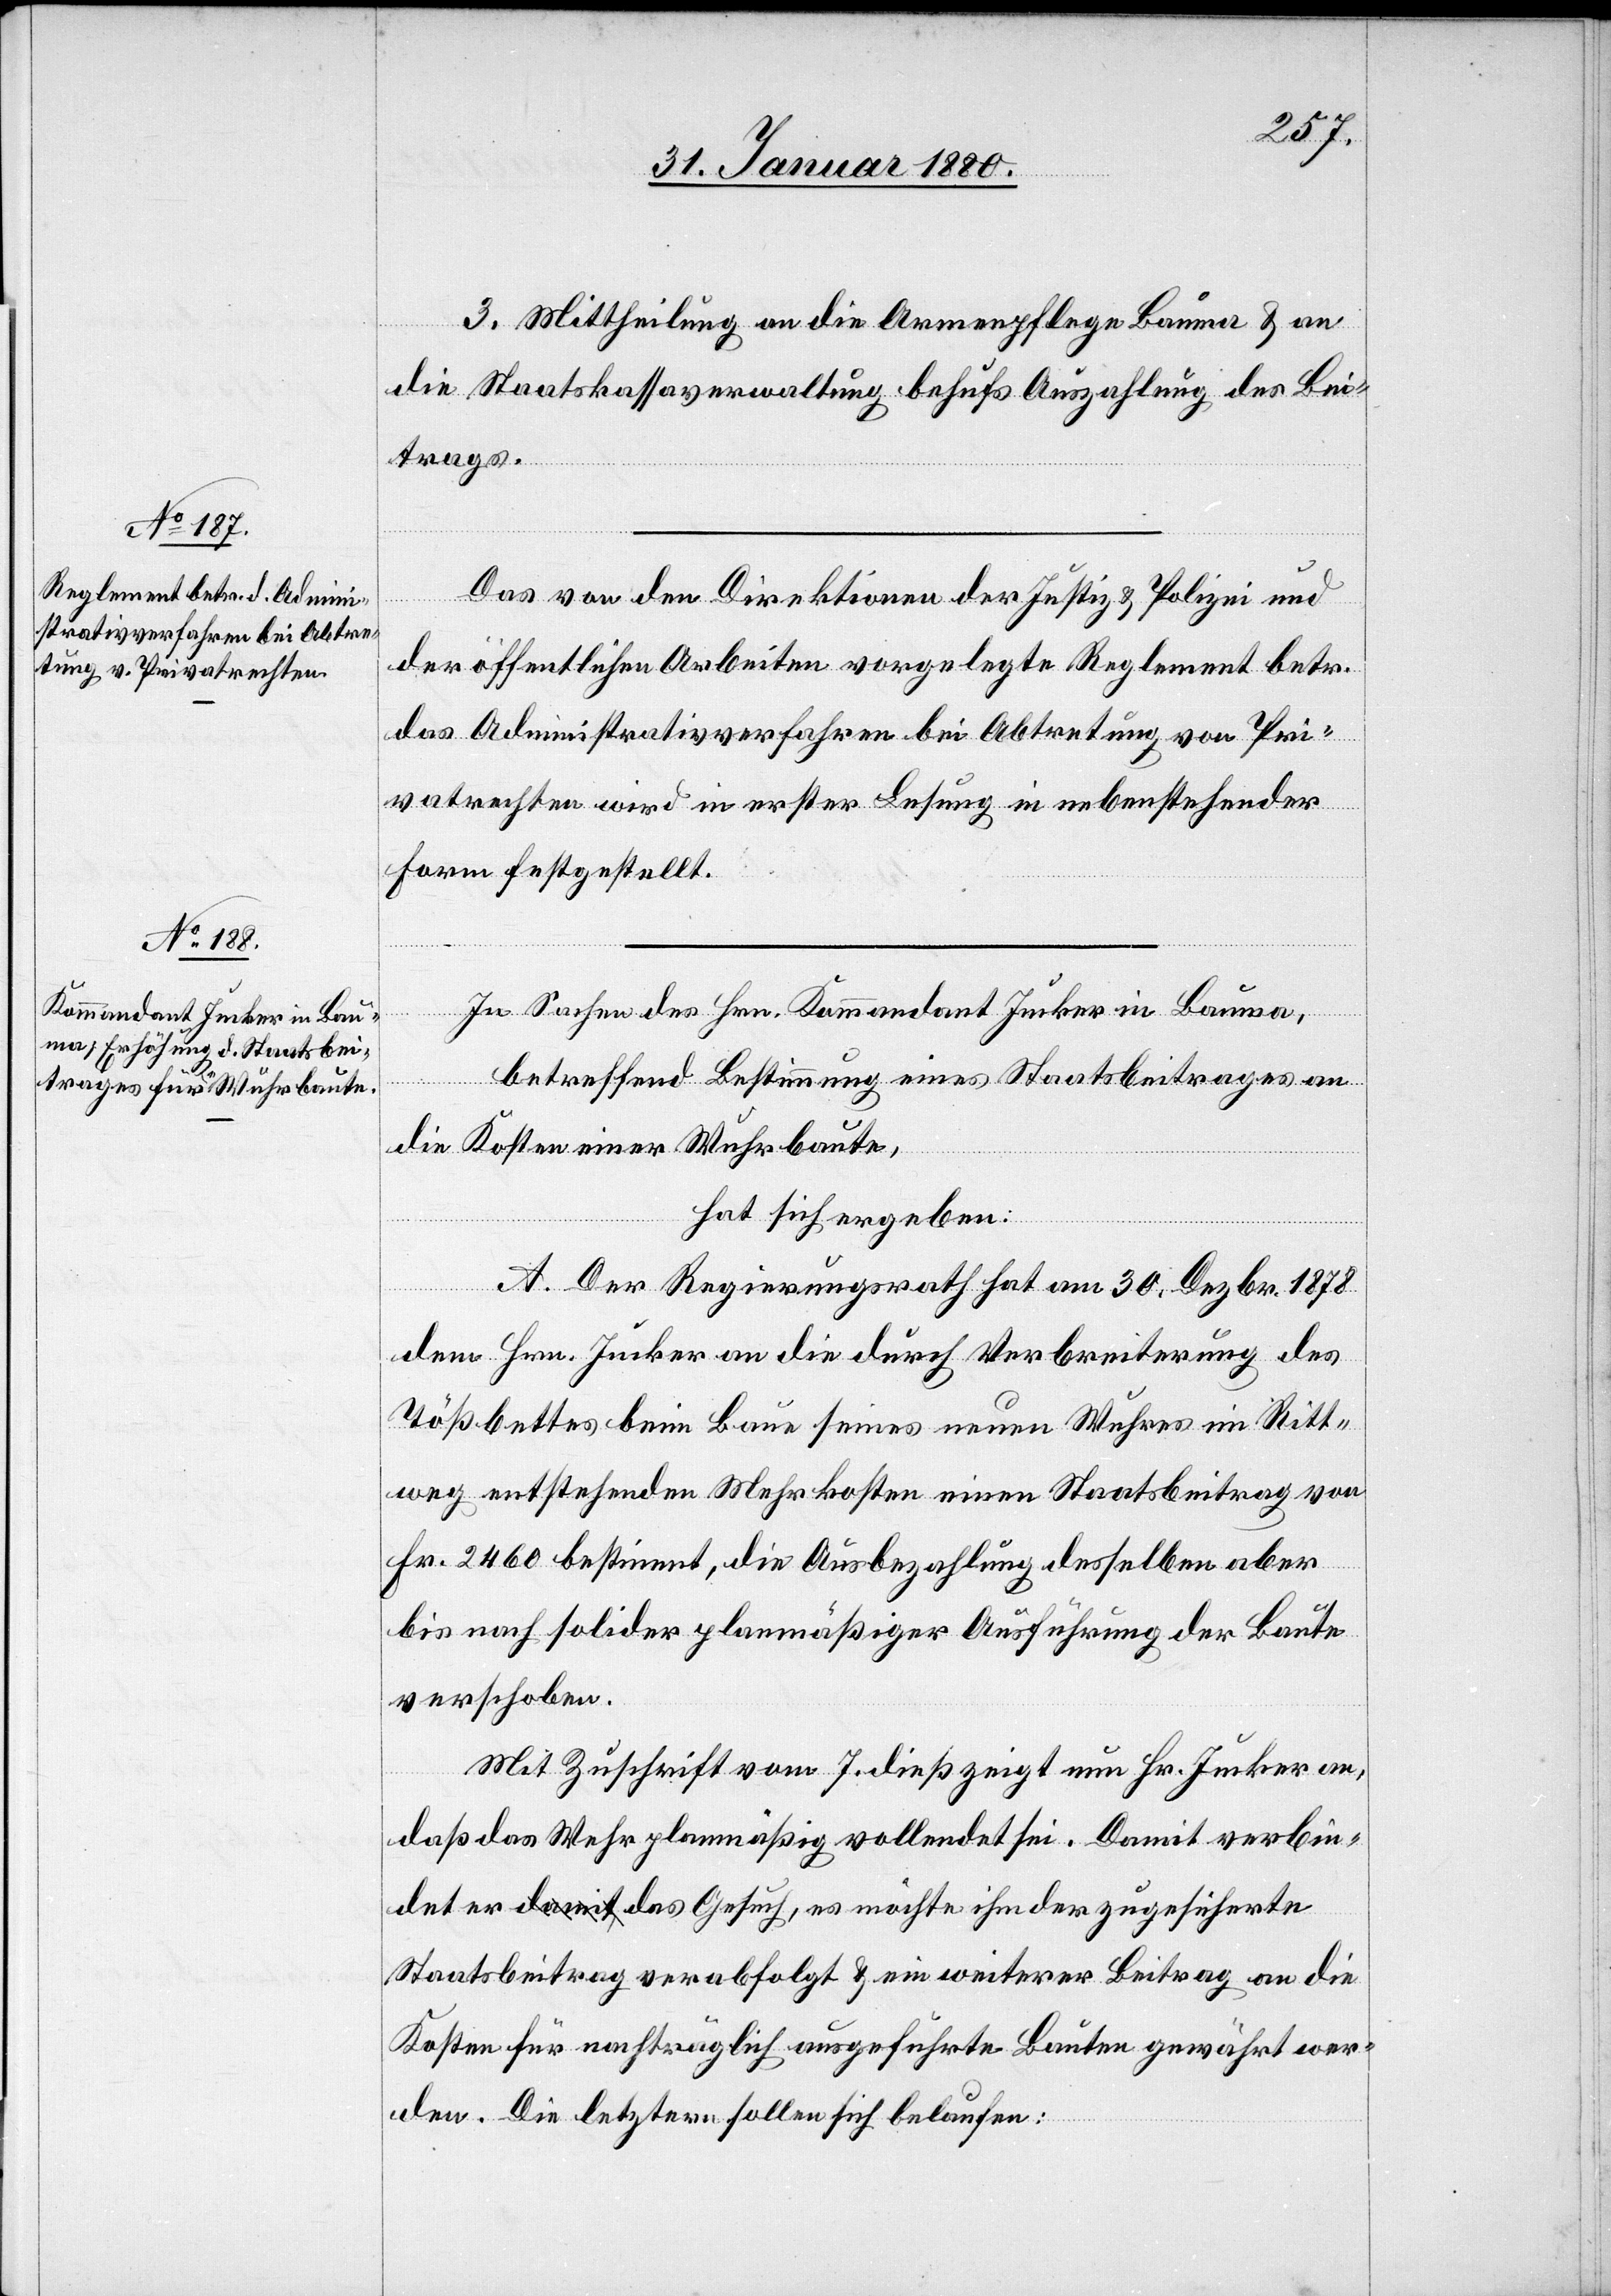
3. Mittheilung an die Armenpflege Bauma & an
die Staatskassaverwaltung behufs Auszahlung des Bei¬
trages.
Das von den Direktionen der Justiz & Polizei und
der öffentlichen Arbeiten vorgelegte Reglement betr.
das Administrativverfahren bei Abtretung von Pri¬
vatrechten wird in erster Lesung in nebenstehender
Form festgestellt.
In Sachen des Hrn. Kommandant Jucker in Bauma,
betreffend Bestimmung eines Staatsbeitrages an
die Kosten einer Wuhrbaute,
hat sich ergeben:
A. Der Regierungsrath hat am 30. Dezbr. 1878
dem Hrn. Jucker an die durch Verbeiterung des
Tößbettes beim Baue seines neuen Wuhres im Ritt¬
weg entstehenden Mehrkosten einen Staatsbeitrag von
Fr. 2460 bestimmt, die Ausbezahlung desselben aber
bis nach solider planmäßiger Ausführung der Baute
verschoben.
Mit Zuschrift vom 7. dieß zeigt nun Hr. Jucker an,
daß das Wehr planmäßig vollendet sei. Damit verbin¬
det er das Gesuch, es möchte ihm der zugesicherte
Staatsbeitrag verabfolgt & ein weiterer Beitrag an die
Kosten für nachträglich ausgeführte Bauten gewährt wer¬
den. Die letztern sollen sich belaufen: